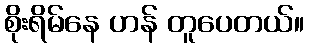
စိုးရိမ်နေ ဟန် တူပေတယ်။